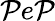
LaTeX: \mathcal{P}e\mathcal{P}